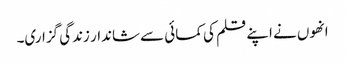
انھوں نے اپنے قلم کی کمائی سے شاندار زندگی گزاری۔